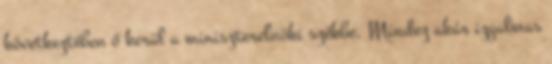
következtében ő kerül a miniszterelnöki székbe. Mindez akár izgalmas